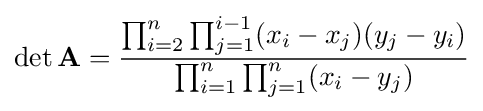
\det \mathbf {A} ={{\prod _{i=2}^{n}\prod _{j=1}^{i-1}(x_{i}-x_{j})(y_{j}-y_{i})} \over {\prod _{i=1}^{n}\prod _{j=1}^{n}(x_{i}-y_{j})}}